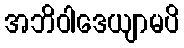
အဘိဝါဒေယျာမပိ